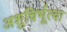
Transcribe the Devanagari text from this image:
अशुचिर्भूत्वा